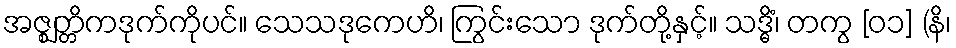
အဇ္ဈတ္တိကဒုက်ကိုပင်။ သေသဒုကေဟိ၊ ကြွင်းသော ဒုက်တို့နှင့်။ သဒ္ဓိံ၊ တကွ [၀၁] (နိ၊